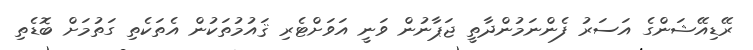
ރޭޑިއޭޝަންގެ އަސަރު ފެންނަމުންދާތީ ޖަޕާނުން ވަނީ އަވަށްޓެރި ޤައުމުތަކުން އެތަކެތި ގަތުމަށް ބޮޑެތި